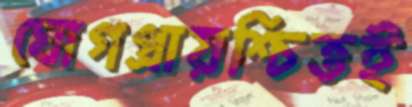
ঘোগপ্রায়শ্চিত্তই